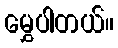
မွှေပါတယ်။